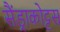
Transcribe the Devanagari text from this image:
सैंड्राकोट्टस